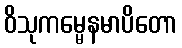
ဝိသုကမ္မေနမာပိတော